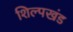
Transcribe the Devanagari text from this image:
शिल्पखंड